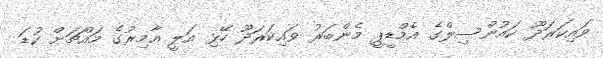
ވައިކަރަދޫ ކައުންސިލްގެ އެމްޑީޕީ މެންބަރު ވައިކަރަދޫ ހޭޅި އަލީ އާމިރުގެ މައްޗަށް ކުޑަ